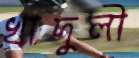
খাদুলী